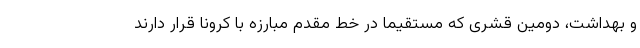
و بهداشت، دومین قشری که مستقیماً در خط مقدم مبارزه با کرونا قرار دارند